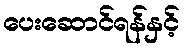
ပေးဆောင်ရန်နှင့်